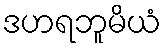
ဒဟရဘူမိယံ